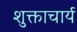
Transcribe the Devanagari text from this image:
शुक्ताचार्य